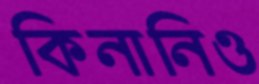
কিনানিও